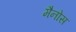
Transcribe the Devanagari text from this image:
मैनोस